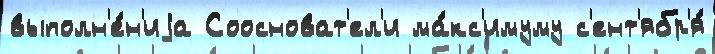
выполн'е́н'иjа Соосноват'ел'и ма́кс'имуму с'ент'ябр'я́